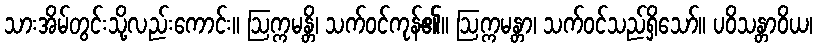
သားအိမ်တွင်းသို့လည်းကောင်း။ ဩက္ကမန္တိ၊ သက်ဝင်ကုန်၏။ ဩက္ကမန္တာ၊ သက်ဝင်သည်ရှိသော်။ ပဝိသန္တာဝိယ၊